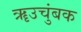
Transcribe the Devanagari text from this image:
ॠउचुंबक